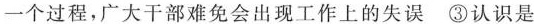
一个过程，广大干部难免会出现工作上的失误 ③认识是